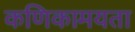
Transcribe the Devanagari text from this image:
कणिकामयता